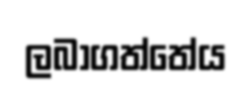
ලබාගත්තේය